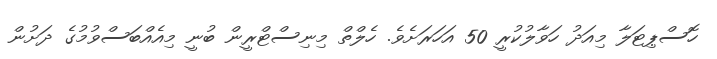
ހޮސްޕިޓަލާ މިއަދު ހަވާލުކުރީ 50 އަހަރަށެވެ. ހެލްތް މިނިސްޓްރީން ބުނީ މިއެއްބަސްވުމުގެ ދަށުން